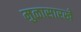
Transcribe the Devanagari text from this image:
मुळासारखे